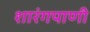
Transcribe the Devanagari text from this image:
शारंगपाणी